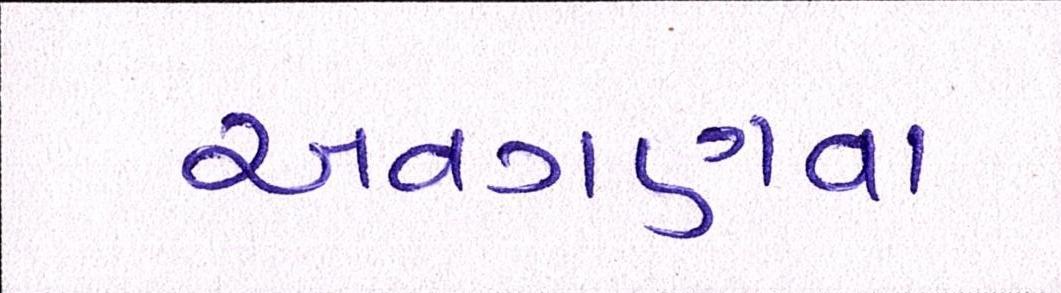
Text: અવગણવા